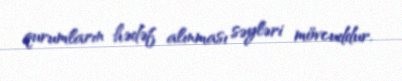
qurumların hədəf alınması səyləri mövcuddur.